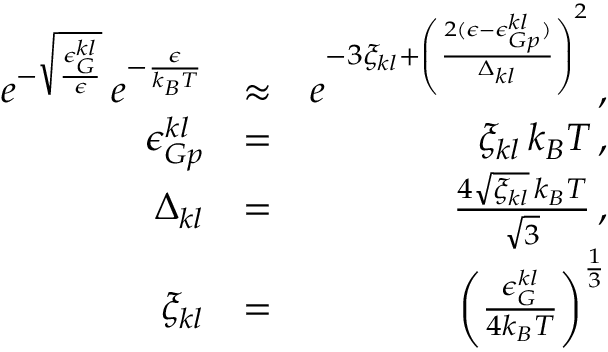
\begin{array} { r l r } { e ^ { - \sqrt { \frac { \epsilon _ { G } ^ { k l } } { \epsilon } } } \, e ^ { - \frac { \epsilon } { k _ { B } T } } } & { \approx } & { e ^ { - 3 \xi _ { k l } + \left( \frac { 2 ( \epsilon - \epsilon _ { G p } ^ { k l } ) } { \Delta _ { k l } } \right) ^ { 2 } } \, , } \\ { \epsilon _ { G p } ^ { k l } } & { = } & { \xi _ { k l } \, k _ { B } T \, , } \\ { \Delta _ { k l } } & { = } & { \frac { 4 \sqrt { \xi _ { k l } } \, k _ { B } T } { \sqrt { 3 } } \, , } \\ { \xi _ { k l } } & { = } & { \left( \frac { \epsilon _ { G } ^ { k l } } { 4 k _ { B } T } \right) ^ { \frac { 1 } { 3 } } } \end{array}